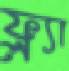
ফ্ল্যা